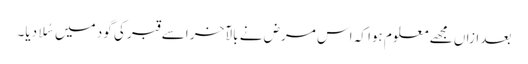
بعد ازاں مجھے معلوم ہوا کہ اس مرض نے بالآخر اسے قبر کی گود میں سُلا دیا۔